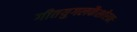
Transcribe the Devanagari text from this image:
गीतयुगलकैशोरकः